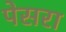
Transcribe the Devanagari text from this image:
पेसरा